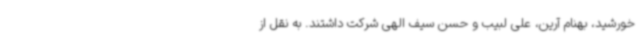
خورشید، بهنام آرین، علی لبیب و حسن سیف الهی شرکت داشتند. به نقل از